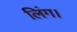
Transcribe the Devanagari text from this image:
लिंग।